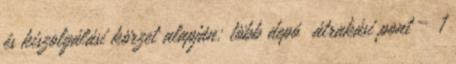
és kiszolgálási körzet alapján: több depó átrakási pont – 1